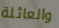
والعائلة